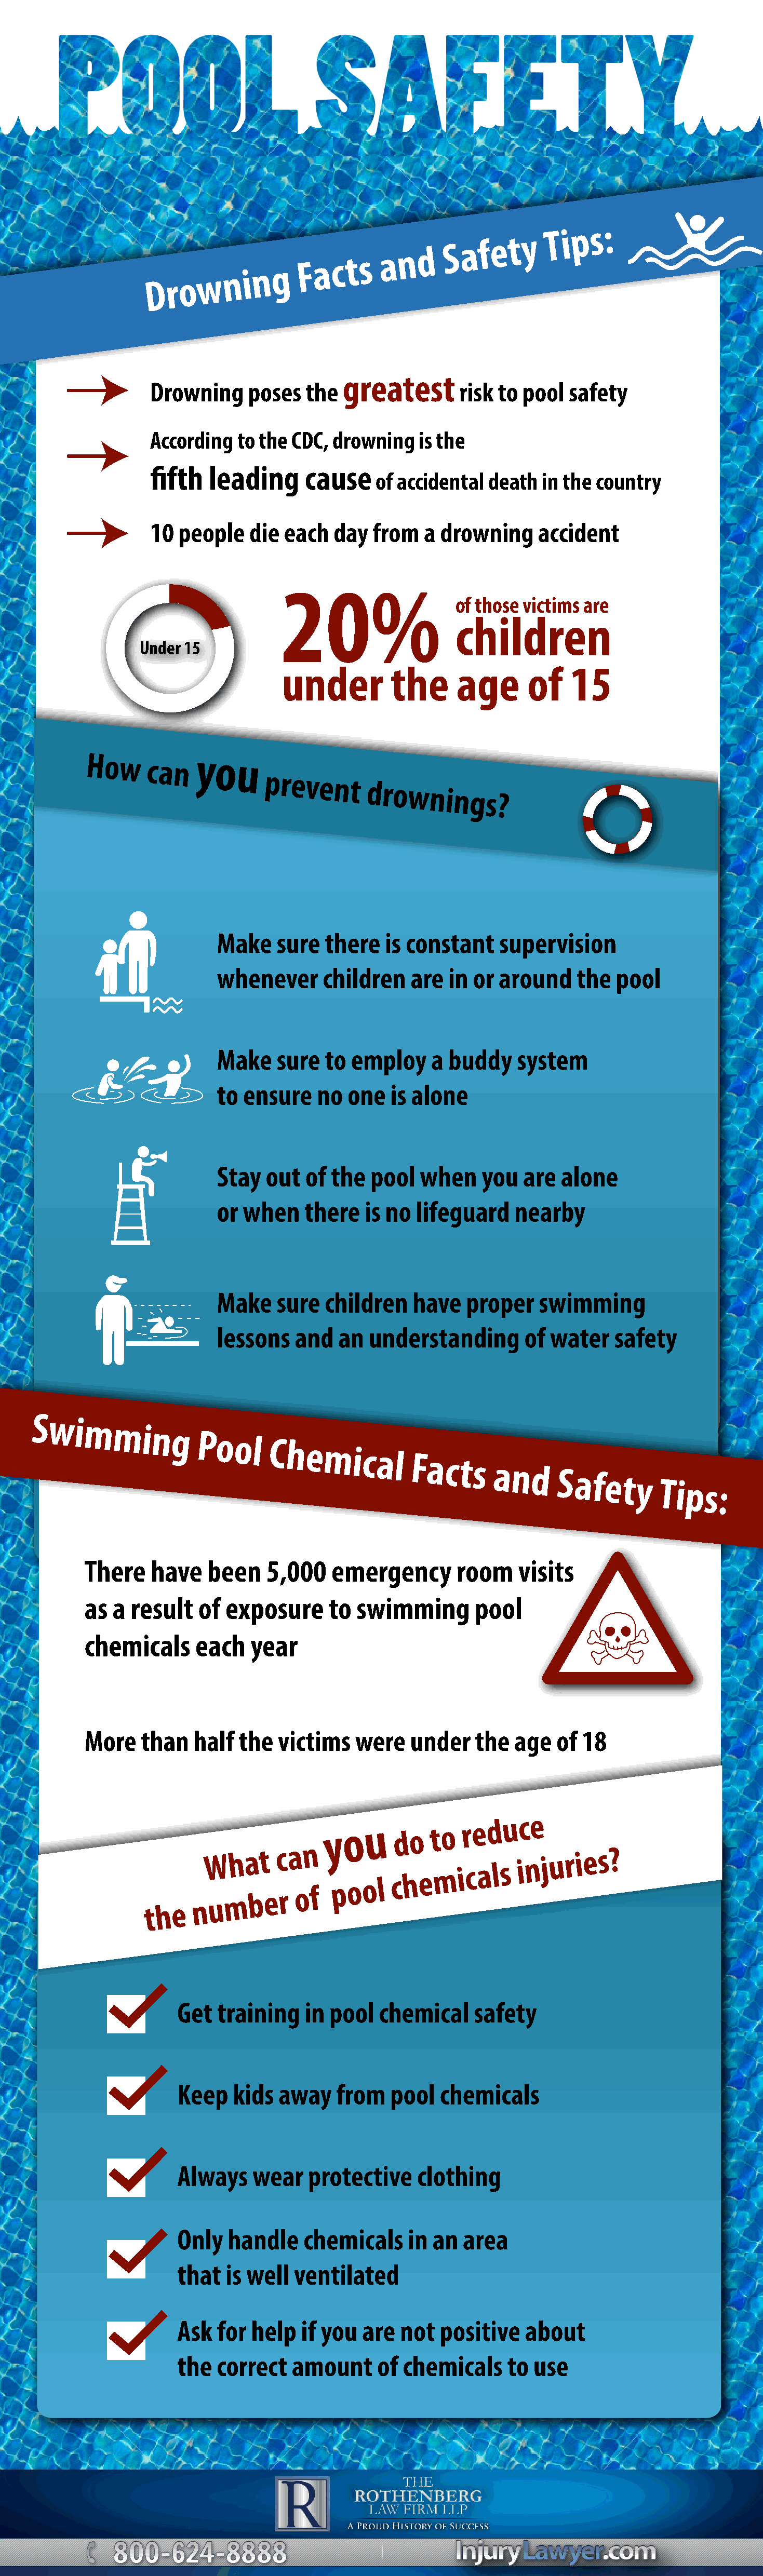
w   n i n g  F a  c t s a n d   S a f e t y  T i p s :
 D  r o
 greatest
 Drowning     poses  the                 risk to pool  safety
 According  to the CDC, drowning   is the
 fifth   leading     cause
 of accidental death  in the country
 10  people   die each   day from   a drowning     accident
 20%
 of those victims are
 children
 Under 15
 under         the     age      of    15
 How
 can
 you
 prevent
 drownings?
 Make   sure  there   is constant    supervision
 whenever     children   are  in or  around   the   pool
 Make   sure  to  employ    a buddy    system
 to ensure   no  one   is alone
 Stay  out  of the  pool   when   you   are  alone
 or when    there  is no  lifeguard    nearby
 Make   sure  children    have  proper    swimming
 lessons   and  an  understanding       of water   safety
 Swimming
 Pool
 Chemical
 Facts
 and
 Safety
 Tips:
 There   have   been    5,000   emergency       room    visits
 as a  result  of  exposure     to swimming        pool
 chemicals     each   year
 More   than   half the  victims   were   under    the  age  of 18
 y o  u  d o  t o r e d u c e
 t h e
 nW
 u
 mh a bt
 e
 c ra on
 f
 p  o o l c h e m i c a l s i n j u r i e s ?
 Get  training   in pool  chemical    safety
 Keep   kids  away   from   pool  chemicals
 Always   wear   protective    clothing
 Only  handle    chemicals    in an  area
 that  is well ventilated
 Ask  for help  if you  are  not  positive   about
 the  correct  amount     of chemicals     to use